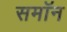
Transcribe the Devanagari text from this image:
समॉन